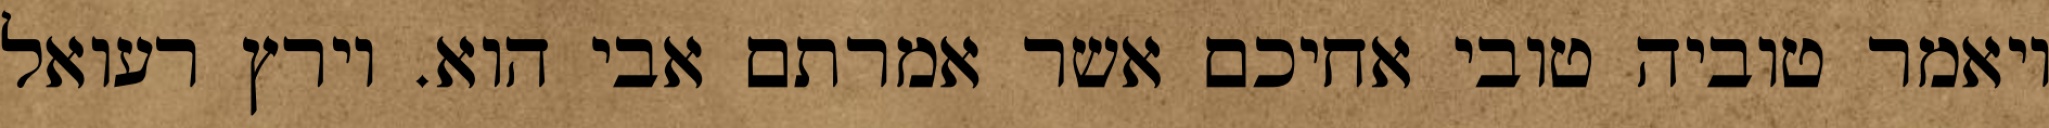
ויאמר טוביה טובי אחיכם אשר אמרתם אבי הוא. וירץ רעואל